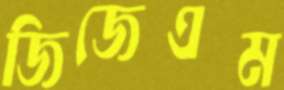
জিজেএম